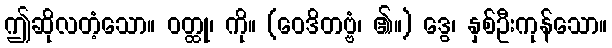
ဤဆိုလတံ့သော။ ဝတ္ထု၊ ကို။ (ဝေဒိတဗ္ဗံ၊ ၏။) ဒွေ၊ နှစ်ဦးကုန်သော။